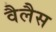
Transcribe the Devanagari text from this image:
वैलैस